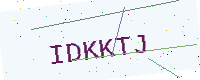
Text: IDKKTJ